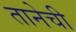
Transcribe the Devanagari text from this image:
तानेची